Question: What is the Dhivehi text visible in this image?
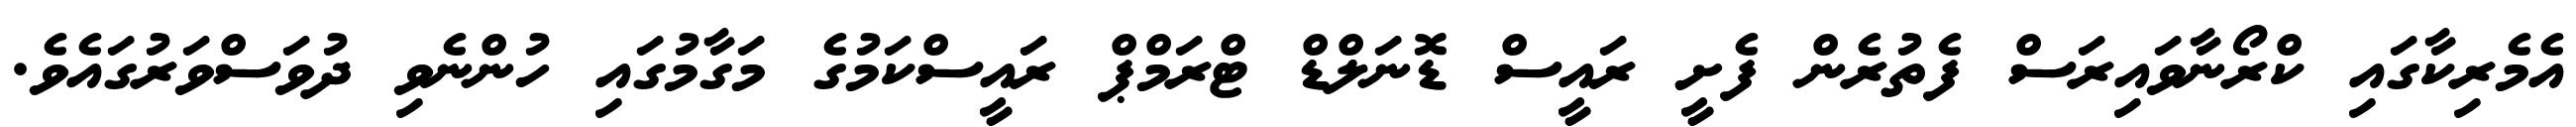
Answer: އެމެރިކާގައި ކްރޯނާވައިރަސް ފެތުރެން ފެށީ ރައީސް ޑޮނަލްޑް ޓްރަމްޕް ރައީސްކަމުގެ މަގާމުގައި ހުންނެވި ދުވަސްވަރުގައެވެ.